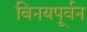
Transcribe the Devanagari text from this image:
विनयपूर्वन